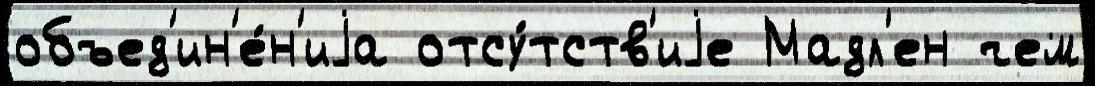
объед'ин'е́н'иjа отсу́тств'иjе Мадл'ен чем